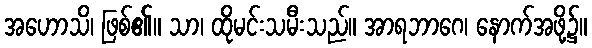
အဟောသိ၊ ဖြစ်၏။ သာ၊ ထိုမင်းသမီးသည်။ အာရဘာဂေ၊ နောက်အဖို့၌။